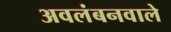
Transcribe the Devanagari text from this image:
अवलंबनवाले